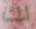
لك